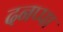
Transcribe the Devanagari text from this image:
दनप्पा